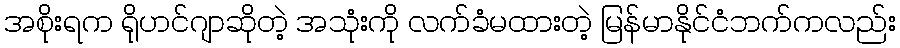
အစိုးရက ရိုဟင်ဂျာဆိုတဲ့ အသုံးကို လက်ခံမထားတဲ့ မြန်မာနိုင်ငံဘက်ကလည်း